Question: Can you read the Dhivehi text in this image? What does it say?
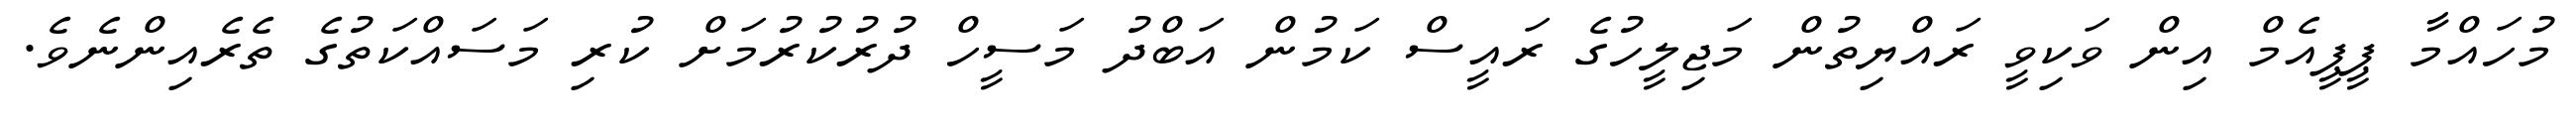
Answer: މުހައްމާ ޕީޕީއެމް އިން ވަކިވީ ރައްޔިތުން މަޖިލީހުގެ ރައީސް ކަމުން އަބްދު މަސީހް ދުރުކުރުމަށް ކުރި މަސައްކަތުގެ ތެރެއިންނެވެ.